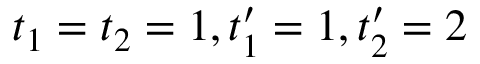
t _ { 1 } = t _ { 2 } = 1 , t _ { 1 } ^ { \prime } = 1 , t _ { 2 } ^ { \prime } = 2